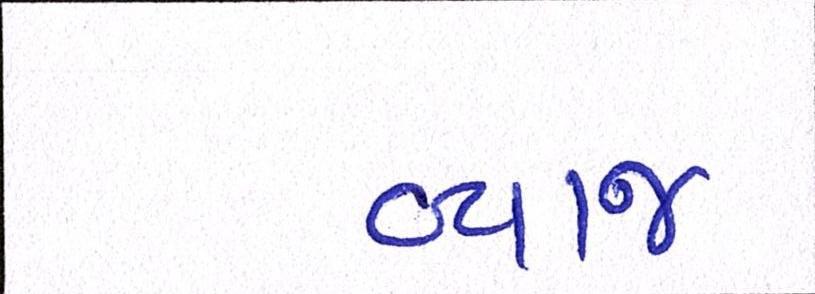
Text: વ્યાજ